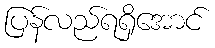
ပြန်လည်ရရှိအောင်